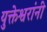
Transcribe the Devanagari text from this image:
युक्तेश्वरांनी